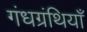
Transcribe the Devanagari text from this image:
गंधग्रंथियाँ